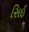
સિઈ